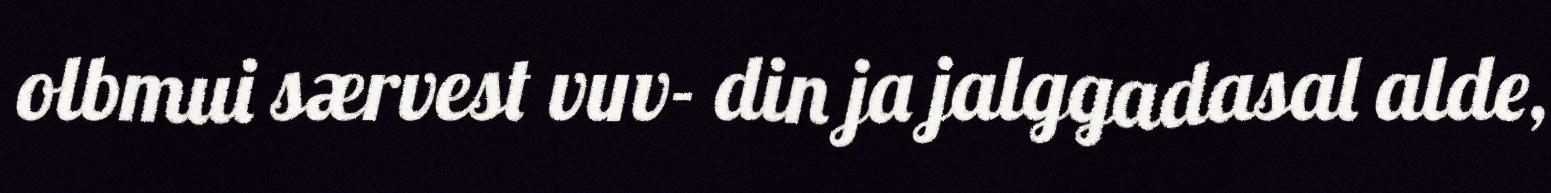
olbmui særvest vuv- din ja jalggadasal alde,